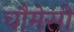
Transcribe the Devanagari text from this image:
चौमेसी